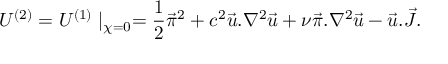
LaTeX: U ^ { ( 2 ) } = U ^ { ( 1 ) } \mid _ { \chi = 0 } = { \frac { 1 } { 2 } } \vec { \pi } ^ { 2 } + c ^ { 2 } \vec { u } . \nabla ^ { 2 } \vec { u } + \nu \vec { \pi } . \nabla ^ { 2 } \vec { u } - \vec { u } . \vec { J } .